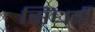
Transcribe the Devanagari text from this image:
सिंधरी